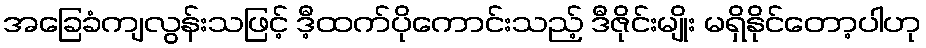
အခြေခံကျလွန်းသဖြင့် ဒီ့ထက်ပိုကောင်းသည့် ဒီဇိုင်းမျိုး မရှိနိုင်တော့ပါဟု